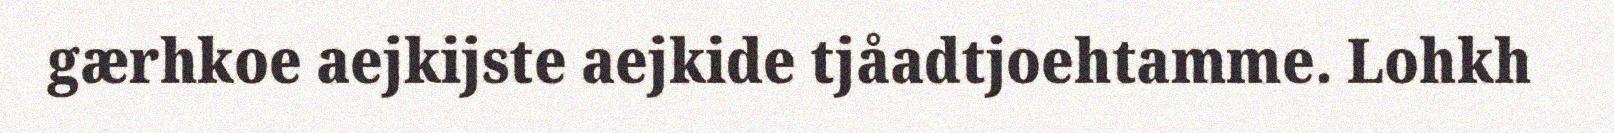
gærhkoe aejkijste aejkide tjåadtjoehtamme. Lohkh